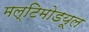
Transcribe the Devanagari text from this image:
मल्टिमोडयूल